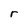
Character: r